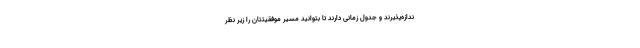
ندازه‌پذیرند و جدول زمانی دارند تا بتوانید مسیر موفقیتتان را زیر نظر